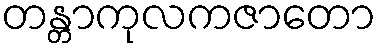
တန္တာကုလကဇာတော